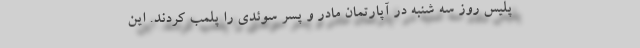
پلیس روز سه شنبه در آپارتمان مادر و پسر سوئدی را پلمب کردند. این